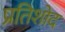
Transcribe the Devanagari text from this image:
प्रतिशोद